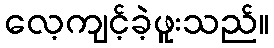
လေ့ကျင့်ခဲ့ဖူးသည်။